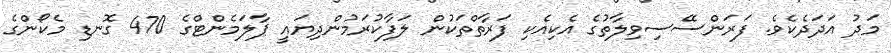
މަދު އަދަދެކެވެ. ފަރަންސޭސިވިލާތުގެ އެކިއެކި ފަރާތްތަކުން ލަފާކުރަމުންދިޔައީ ޕާލަމެންޓްގެ 470 ގޮނޑި މެކޯންގެ